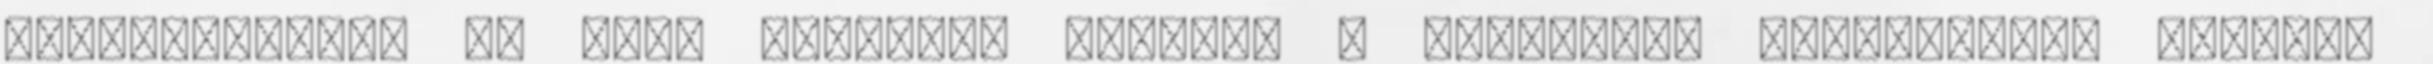
információkat is csak közvetve kapunk. A közvetett információk alapján